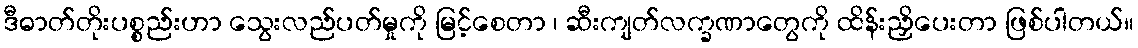
ဒီဓာတ်တိုးပစ္စည်းဟာ သွေးလည်ပတ်မှုကို မြင့်စေတာ ၊ ဆီးကျတ်လက္ခဏာတွေကို ထိန်းညှိပေးတာ ဖြစ်ပါတယ်။